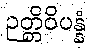
ဉတ္တိဝိပန္နံ